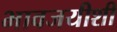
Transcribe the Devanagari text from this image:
भावजयीशी